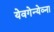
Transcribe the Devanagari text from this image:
येवगेन्येव्ना